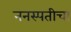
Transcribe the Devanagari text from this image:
ननस्पतीचा